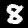
Digit: 8